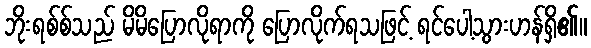
ဘိုးရစ်စ်သည် မိမိပြောလိုရာကို ပြောလိုက်ရသဖြင့် ရင်ပေါ့သွားဟန်ရှိ၏။